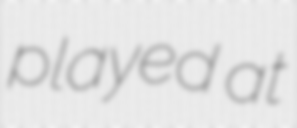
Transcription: played at